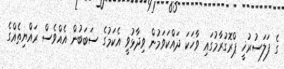
ގެ ފަލަސުރުޚީ ޕްރޮގުރާމުގައި ވާހަކަ ދައްކަވަމުން ވިދާޅުވީ އެކަމުގެ ސަބަބުން އެއްވެސް ރައްޔިތެއްގެ